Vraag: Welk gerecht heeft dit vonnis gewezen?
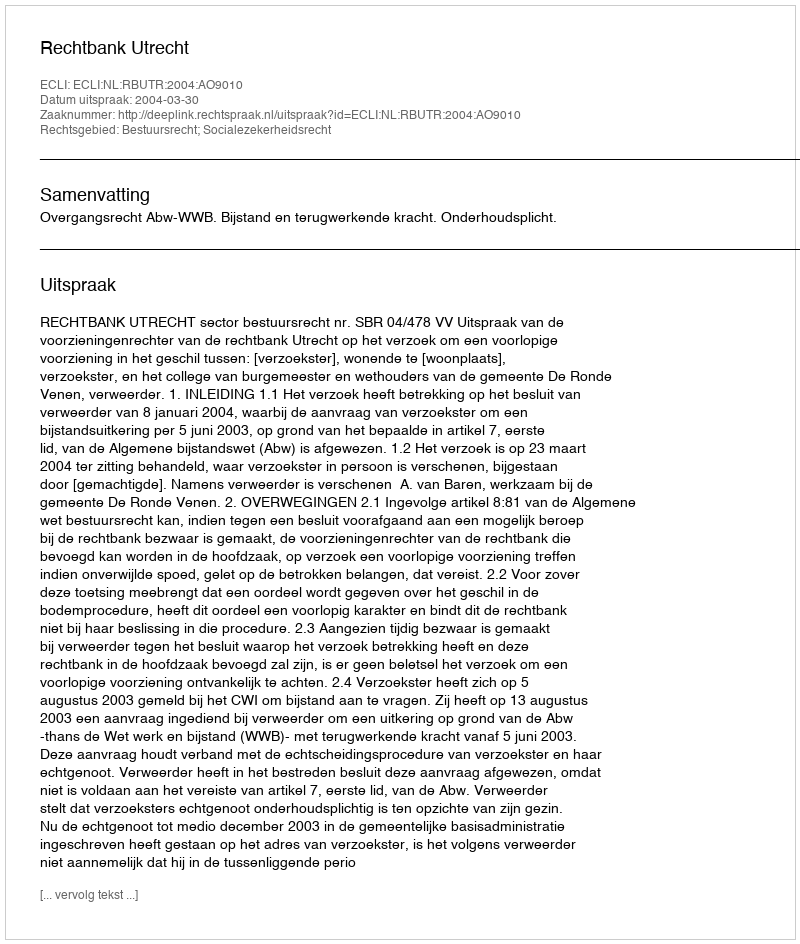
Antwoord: Rechtbank Utrecht